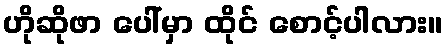
ဟိုဆိုဖာ ပေါ်မှာ ထိုင် စောင့်ပါလား။